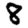
Digit: 8